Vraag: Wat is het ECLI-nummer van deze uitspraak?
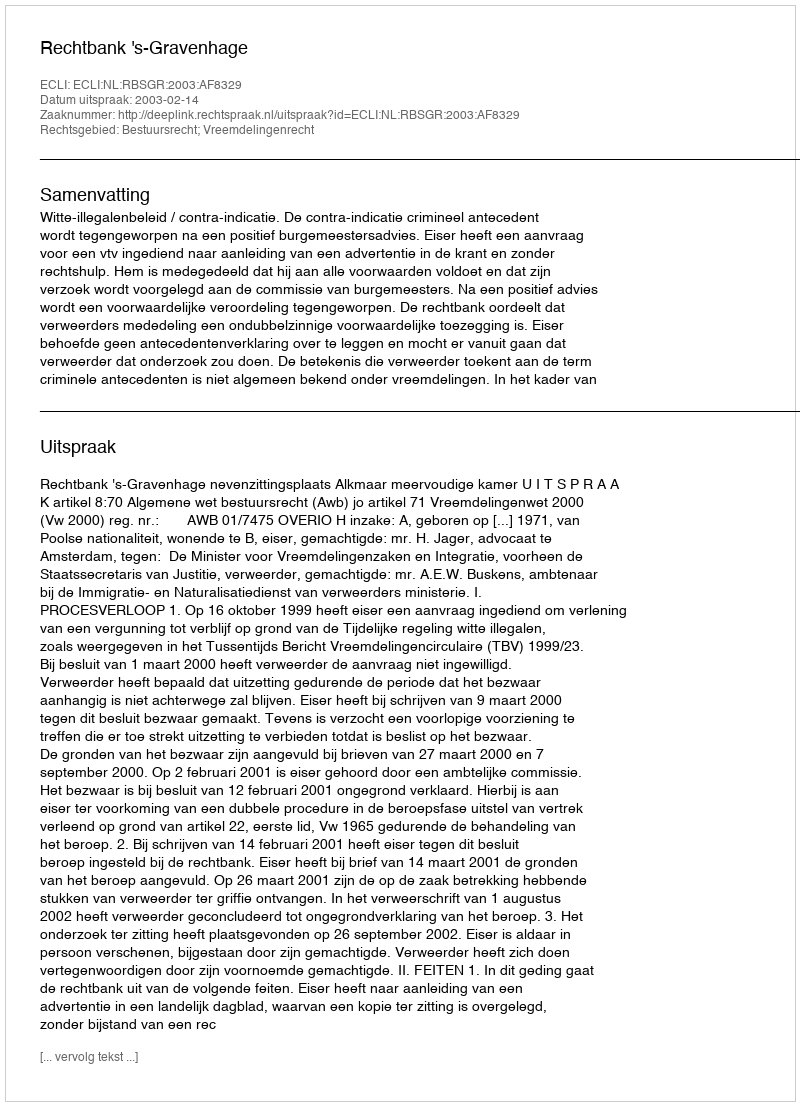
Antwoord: ECLI:NL:RBSGR:2003:AF8329